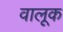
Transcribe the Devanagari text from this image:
वालूक